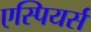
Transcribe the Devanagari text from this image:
एस्पियर्स